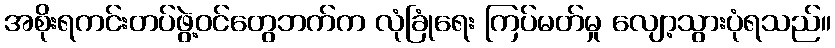
အစိုးရကင်းတပ်ဖွဲ့ဝင်တွေဘက်က လုံခြုံရေး ကြပ်မတ်မှု လျော့သွားပုံရသည်။